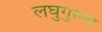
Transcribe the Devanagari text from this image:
लघुगुरुत्व